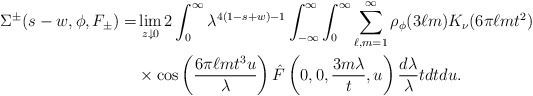
\begin{align*} \Sigma^{\pm}(s-w, \phi, F_{\pm})=&\lim_{z \downarrow 0} 2\int_0^\infty \lambda^{4(1-s+w)-1} \int_{-\infty}^\infty \int_0^\infty \sum_{\ell, m=1}^\infty\rho_\phi(3\ell m) K_\nu(6\pi \ell m t^2) \\ &\times \cos\left(\frac{6\pi \ell m t^3 u}{\lambda}\right) \hat{F}\left(0,0, \frac{3m\lambda}{t}, u\right)\frac{d\lambda}{\lambda} tdt du. \end{align*}